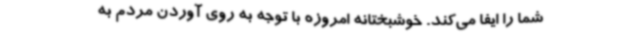
شما را ایفا می‌کند. خوشبختانه امروزه با توجه به روی آوردن مردم به